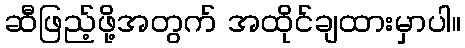
ဆီဖြည့်ဖို့အတွက် အထိုင်ချထားမှာပါ။